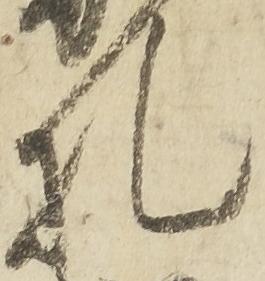
札